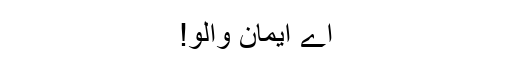
اے ایمان والو!